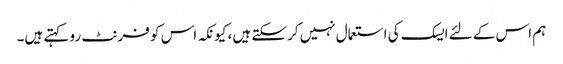
ہم اس کے لئے ایسک کی استعمال نہیں کرسکتے ہیں ، کیونکہ اس کو فرنٹ رو کہتے ہیں۔